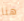
هنا